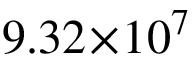
9 . 3 2 \! \times \! 1 0 ^ { 7 }